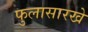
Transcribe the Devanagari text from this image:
फुलासारखे